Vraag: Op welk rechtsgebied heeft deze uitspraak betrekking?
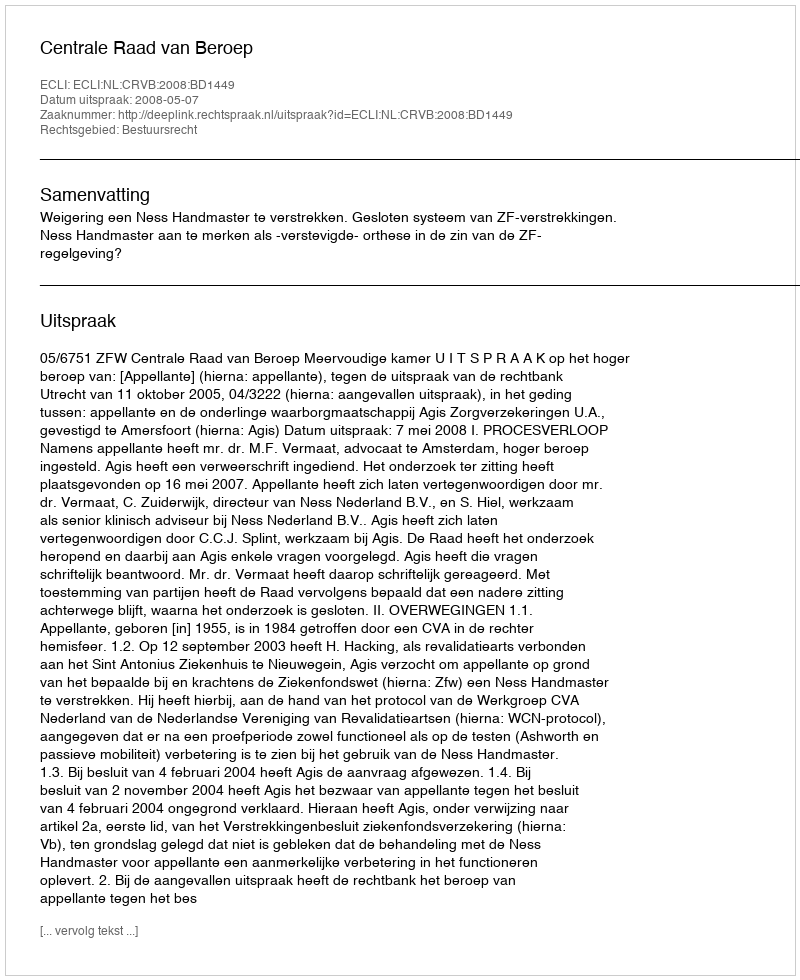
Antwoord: Bestuursrecht